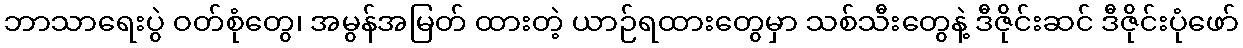
ဘာသာရေးပွဲ ဝတ်စုံတွေ၊ အမွန်အမြတ် ထားတဲ့ ယာဉ်ရထားတွေမှာ သစ်သီးတွေနဲ့ ဒီဇိုင်းဆင် ဒီဇိုင်းပုံဖော်